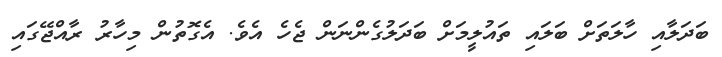
ބަދަލާއި ހާލަތަށް ބަލައި ތައުލީމަށް ބަދަލުގެންނަން ޖެހެ އެވެ. އެގޮތުން މިހާރު ރާއްޖޭގައި